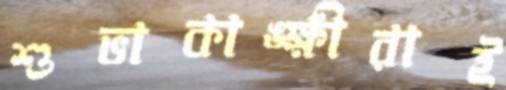
শুভাকাঙ্ক্ষীরাই